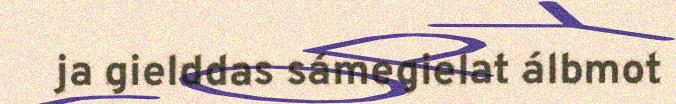
ja gielddas sámegielat álbmot